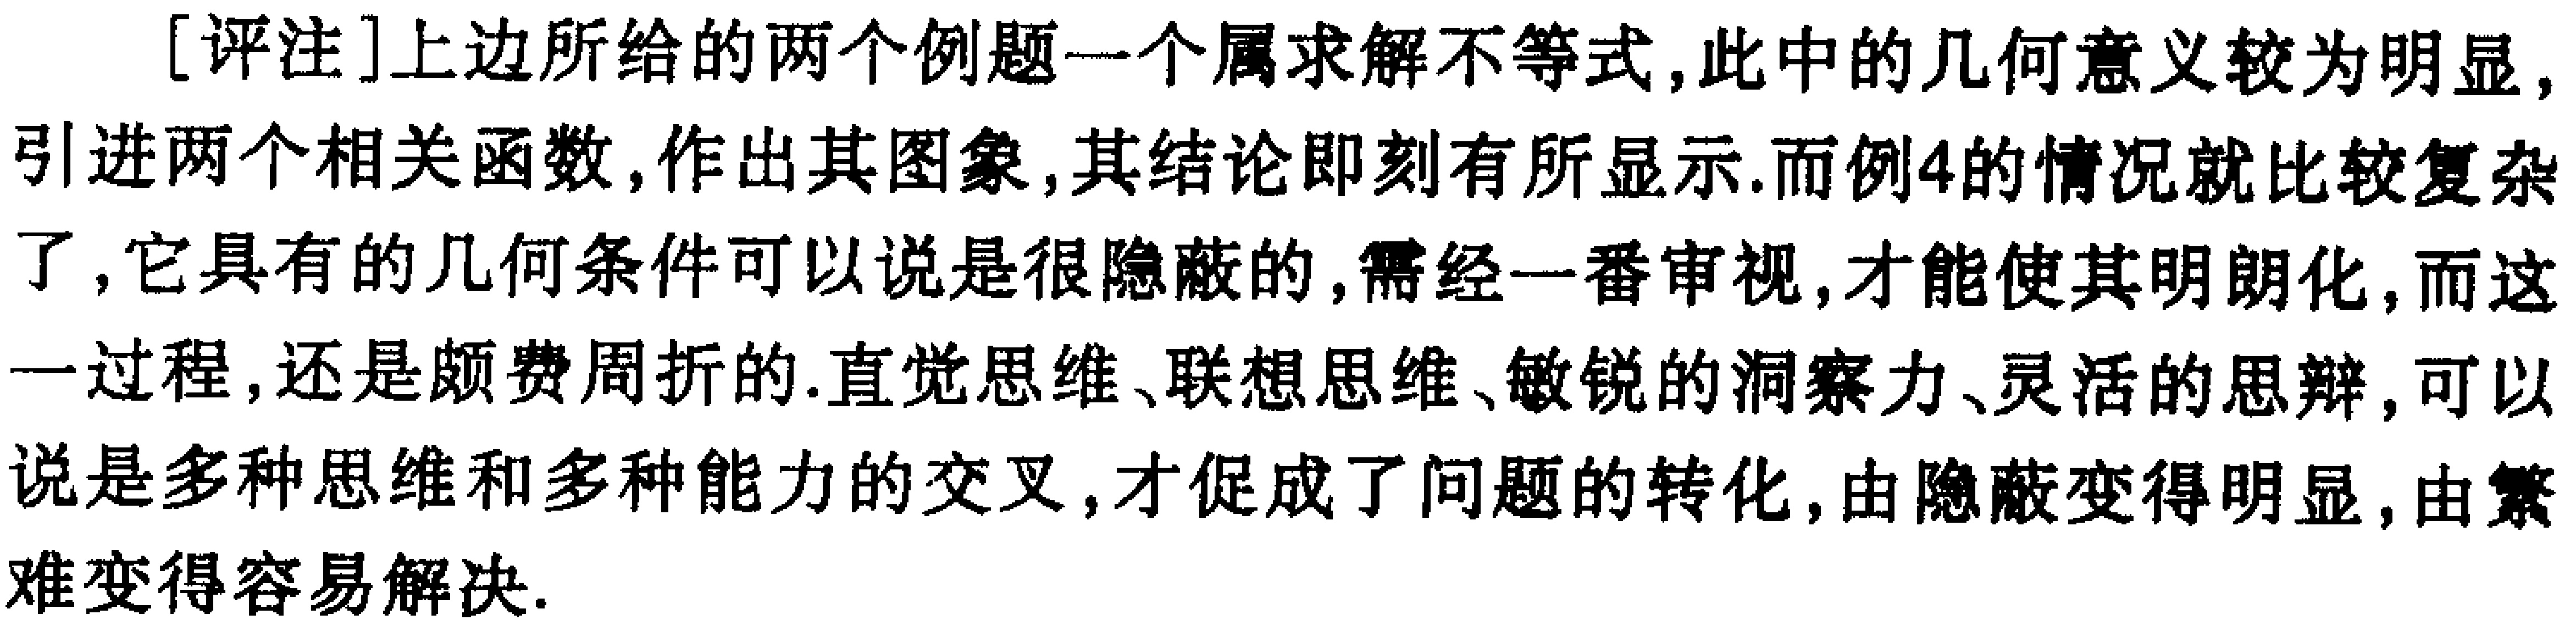
[评注]上边所给的两个例题一个属求解不等式,此中的几何意义较为明显,引进两个相关函数,作出其图象,其结论即刻有所显示.而例4的情况就比较复杂了,它具有的几何条件可以说是很隐蔽的,需经一番审视,才能使其明朗化,而这一过程,还是颇费周折的.直觉思维、联想思维、敏锐的洞察力、灵活的思辩,可以说是多种思维和多种能力的交叉,才促成了问题的转化,由隐蔽变得明显,由繁难变得容易解决.